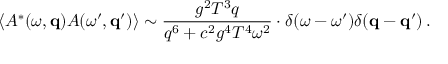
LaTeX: \langle A ^ { * } ( \omega , { \bf q } ) A ( \omega ^ { \prime } , { \bf q } ^ { \prime } ) \rangle \sim { \frac { g ^ { 2 } T ^ { 3 } q } { q ^ { 6 } + c ^ { 2 } g ^ { 4 } T ^ { 4 } \omega ^ { 2 } } } \cdot \delta ( \omega - \omega ^ { \prime } ) \delta ( { \bf q } - { \bf q } ^ { \prime } ) \, .